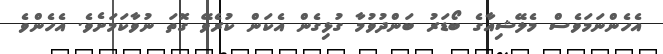
އެހެންނަމަވެސް މެލޭޝިއާގެ ބޯޑަރު ބަންދުވުމާ ގުޅިގެން އެކަން ކުރެވޭ ގޮތަ ނުވާކަމަށެވެ. އެހެންވެ